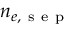
n _ { e , \mathrm { ~ s ~ e ~ p ~ } }